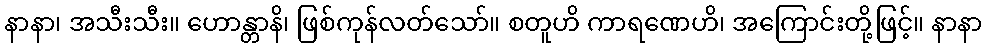
နာနာ၊ အသီးသီး။ ဟောန္တာနိ၊ ဖြစ်ကုန်လတ်သော်။ စတူဟိ ကာရဏေဟိ၊ အကြောင်းတို့ဖြင့်။ နာနာ